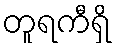
တူရကီရှိ